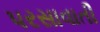
પરસાવાતી